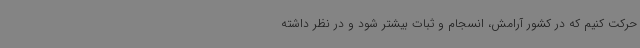
حرکت کنیم که در کشور آرامش، انسجام و ثبات بیشتر شود و در نظر داشته